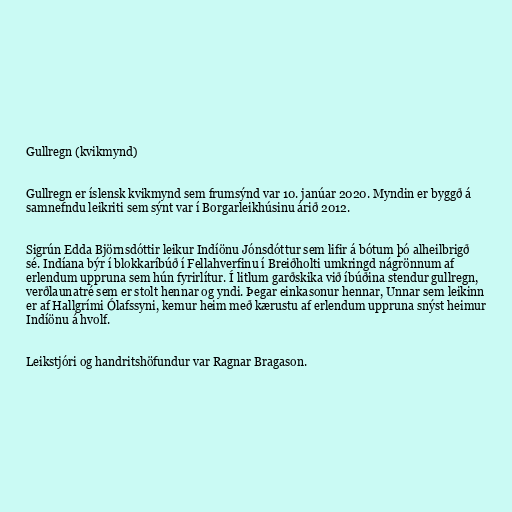
Gullregn (kvikmynd)

Gullregn er íslensk kvikmynd sem frumsýnd var 10. janúar 2020. Myndin er byggð á
samnefndu leikriti sem sýnt var í Borgarleikhúsinu árið 2012.

Sigrún Edda Björnsdóttir leikur Indíönu Jónsdóttur sem lifir á bótum þó alheilbrigð
sé. Indíana býr í blokkaríbúð í Fellahverfinu í Breiðholti umkringd nágrönnum af
erlendum uppruna sem hún fyrirlítur. Í litlum garðskika við íbúðina stendur gullregn,
verðlaunatré sem er stolt hennar og yndi. Þegar einkasonur hennar, Unnar sem leikinn
er af Hallgrími Ólafssyni, kemur heim með kærustu af erlendum uppruna snýst heimur
Indíönu á hvolf.

Leikstjóri og handritshöfundur var Ragnar Bragason.